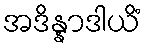
အဒိန္နာဒါယိံ